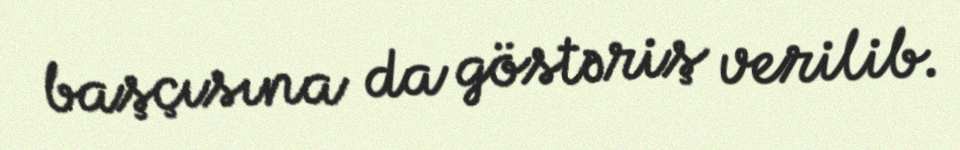
başçısına da göstəriş verilib.